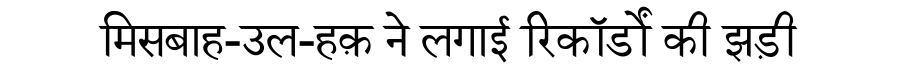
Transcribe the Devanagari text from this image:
मिसबाह-उल-हक़ ने लगाई रिकॉर्डों की झड़ी